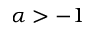
\alpha > - 1